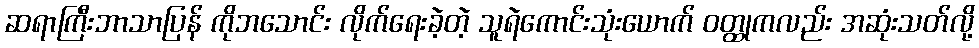
ဆရာကြီးဘာသာပြန် ကိုဘသောင်း လိုက်ရေးခဲ့တဲ့ သူရဲကောင်းသုံးယောက် ဝတ္ထုကလည်း အဆုံးသတ်လို့